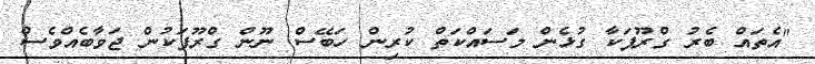
"އެތައް ބެރު ގްރޫޕަކާ ގުޅެން މަސައްކަތް ކުރިން ހަބޭސް ނޫން ގްރޫޕަކުން ޖަވާބެއްވެސް